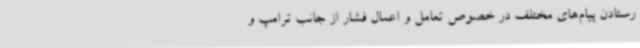
رستادن پیام‌های مختلف در خصوص تعامل و اعمال فشار از جانب ترامپ و